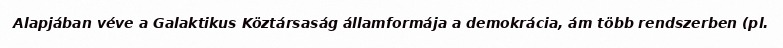
Alapjában véve a Galaktikus Köztársaság államformája a demokrácia, ám több rendszerben (pl.